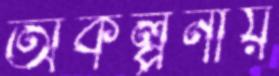
অকল্পনীয়